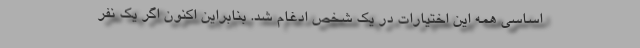
اساسی همه این اختیارات در یک شخص ادغام شد. بنابراین اکنون اگر یک نفر